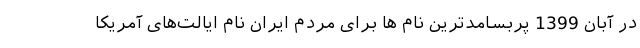
در آبان 1399 پُربسامدترین نام ها برای مردم ایران نام ایالت‌های آمریکا